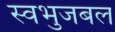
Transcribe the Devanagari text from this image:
स्वभुजबल